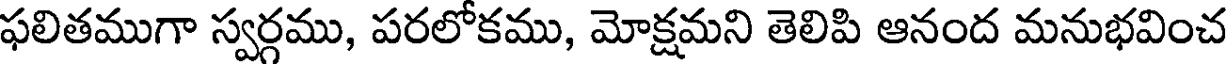
ఫలితముగా స్వర్గము, పరలోకము, మోక్షమని తెలిపి ఆనంద మనుభవించ